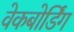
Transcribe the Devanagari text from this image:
वेकबोर्डिंग